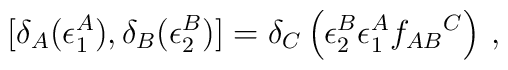
[\delta_A( \epsilon_1^A),\delta_B(\epsilon_2^B)] =\delta_C\left(\epsilon_2^B\epsilon_1^A f_{AB}{}^C\right) \,,